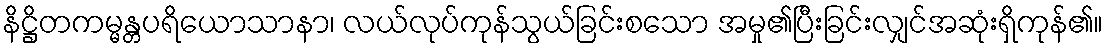
နိဋ္ဌိတကမ္မန္တပရိယောသာနာ၊ လယ်လုပ်ကုန်သွယ်ခြင်းစသော အမှု၏ပြီးခြင်းလျှင်အဆုံးရှိကုန်၏။